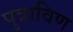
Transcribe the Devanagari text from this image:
पुत्राविण